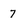
Character: 7